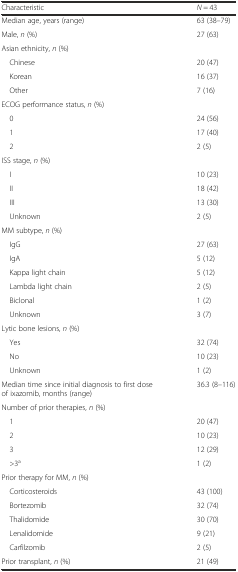
<table><thead><tr><td><b>Characteristic</b></td><td><b><i>N</i> = 43</b></td></tr></thead><tbody><tr><td>Median age, years (range)</td><td>63 (38–79)</td></tr><tr><td>Male, <i>n</i> (%)</td><td>27 (63)</td></tr><tr><td>Asian ethnicity, <i>n</i> (%)</td><td></td></tr><tr><td> Chinese</td><td>20 (47)</td></tr><tr><td> Korean</td><td>16 (37)</td></tr><tr><td> Other</td><td>7 (16)</td></tr><tr><td>ECOG performance status, <i>n</i> (%)</td><td></td></tr><tr><td> 0</td><td>24 (56)</td></tr><tr><td> 1</td><td>17 (40)</td></tr><tr><td> 2</td><td>2 (5)</td></tr><tr><td>ISS stage, <i>n</i> (%)</td><td></td></tr><tr><td> I</td><td>10 (23)</td></tr><tr><td> II</td><td>18 (42)</td></tr><tr><td> III</td><td>13 (30)</td></tr><tr><td> Unknown</td><td>2 (5)</td></tr><tr><td>MM subtype, <i>n</i> (%)</td><td></td></tr><tr><td> IgG</td><td>27 (63)</td></tr><tr><td> IgA</td><td>5 (12)</td></tr><tr><td> Kappa light chain</td><td>5 (12)</td></tr><tr><td> Lambda light chain</td><td>2 (5)</td></tr><tr><td> Biclonal</td><td>1 (2)</td></tr><tr><td> Unknown</td><td>3 (7)</td></tr><tr><td>Lytic bone lesions, <i>n</i> (%)</td><td></td></tr><tr><td> Yes</td><td>32 (74)</td></tr><tr><td> No</td><td>10 (23)</td></tr><tr><td> Unknown</td><td>1 (2)</td></tr><tr><td>Median time since initial diagnosis to first dose of ixazomib, months (range)</td><td>36.3 (8–116)</td></tr><tr><td>Number of prior therapies, <i>n</i> (%)</td><td></td></tr><tr><td> 1</td><td>20 (47)</td></tr><tr><td> 2</td><td>10 (23)</td></tr><tr><td> 3</td><td>12 (29)</td></tr><tr><td> &gt;3<sup>a</sup></td><td>1 (2)</td></tr><tr><td>Prior therapy for MM, <i>n</i> (%)</td><td></td></tr><tr><td> Corticosteroids</td><td>43 (100)</td></tr><tr><td> Bortezomib</td><td>32 (74)</td></tr><tr><td> Thalidomide</td><td>30 (70)</td></tr><tr><td> Lenalidomide</td><td>9 (21)</td></tr><tr><td> Carfilzomib</td><td>2 (5)</td></tr><tr><td>Prior transplant, <i>n</i> (%)</td><td>21 (49)</td></tr></tbody></table>